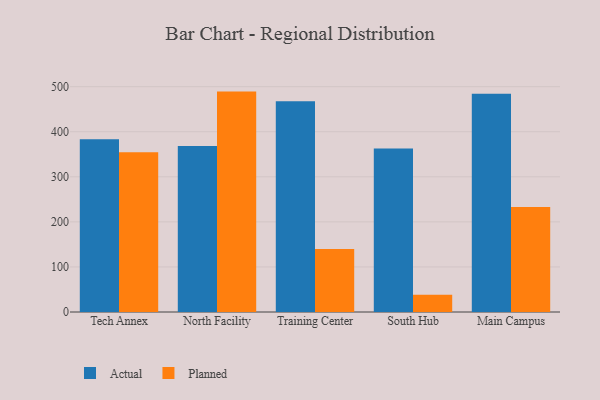
{"axis": {"x": "Campus", "y": "Customer Acquisition Cost (USD)"}, "legend": ["Actual", "Planned"], "data": [{"x": "Tech Annex", "y": 383.2, "type": "Actual"}, {"x": "Tech Annex", "y": 354.7, "type": "Planned"}, {"x": "North Facility", "y": 368.2, "type": "Actual"}, {"x": "North Facility", "y": 489.1, "type": "Planned"}, {"x": "Training Center", "y": 467.6, "type": "Actual"}, {"x": "Training Center", "y": 140.0, "type": "Planned"}, {"x": "South Hub", "y": 362.6, "type": "Actual"}, {"x": "South Hub", "y": 38.2, "type": "Planned"}, {"x": "Main Campus", "y": 484.4, "type": "Actual"}, {"x": "Main Campus", "y": 233.1, "type": "Planned"}]}